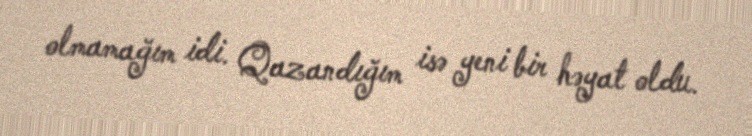
olmamağım idi. Qazandığım isə yeni bir həyat oldu.